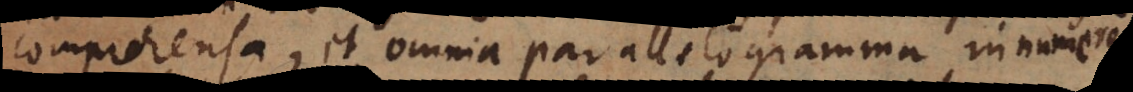
comprehensa, et omnia parallelogramma in numero